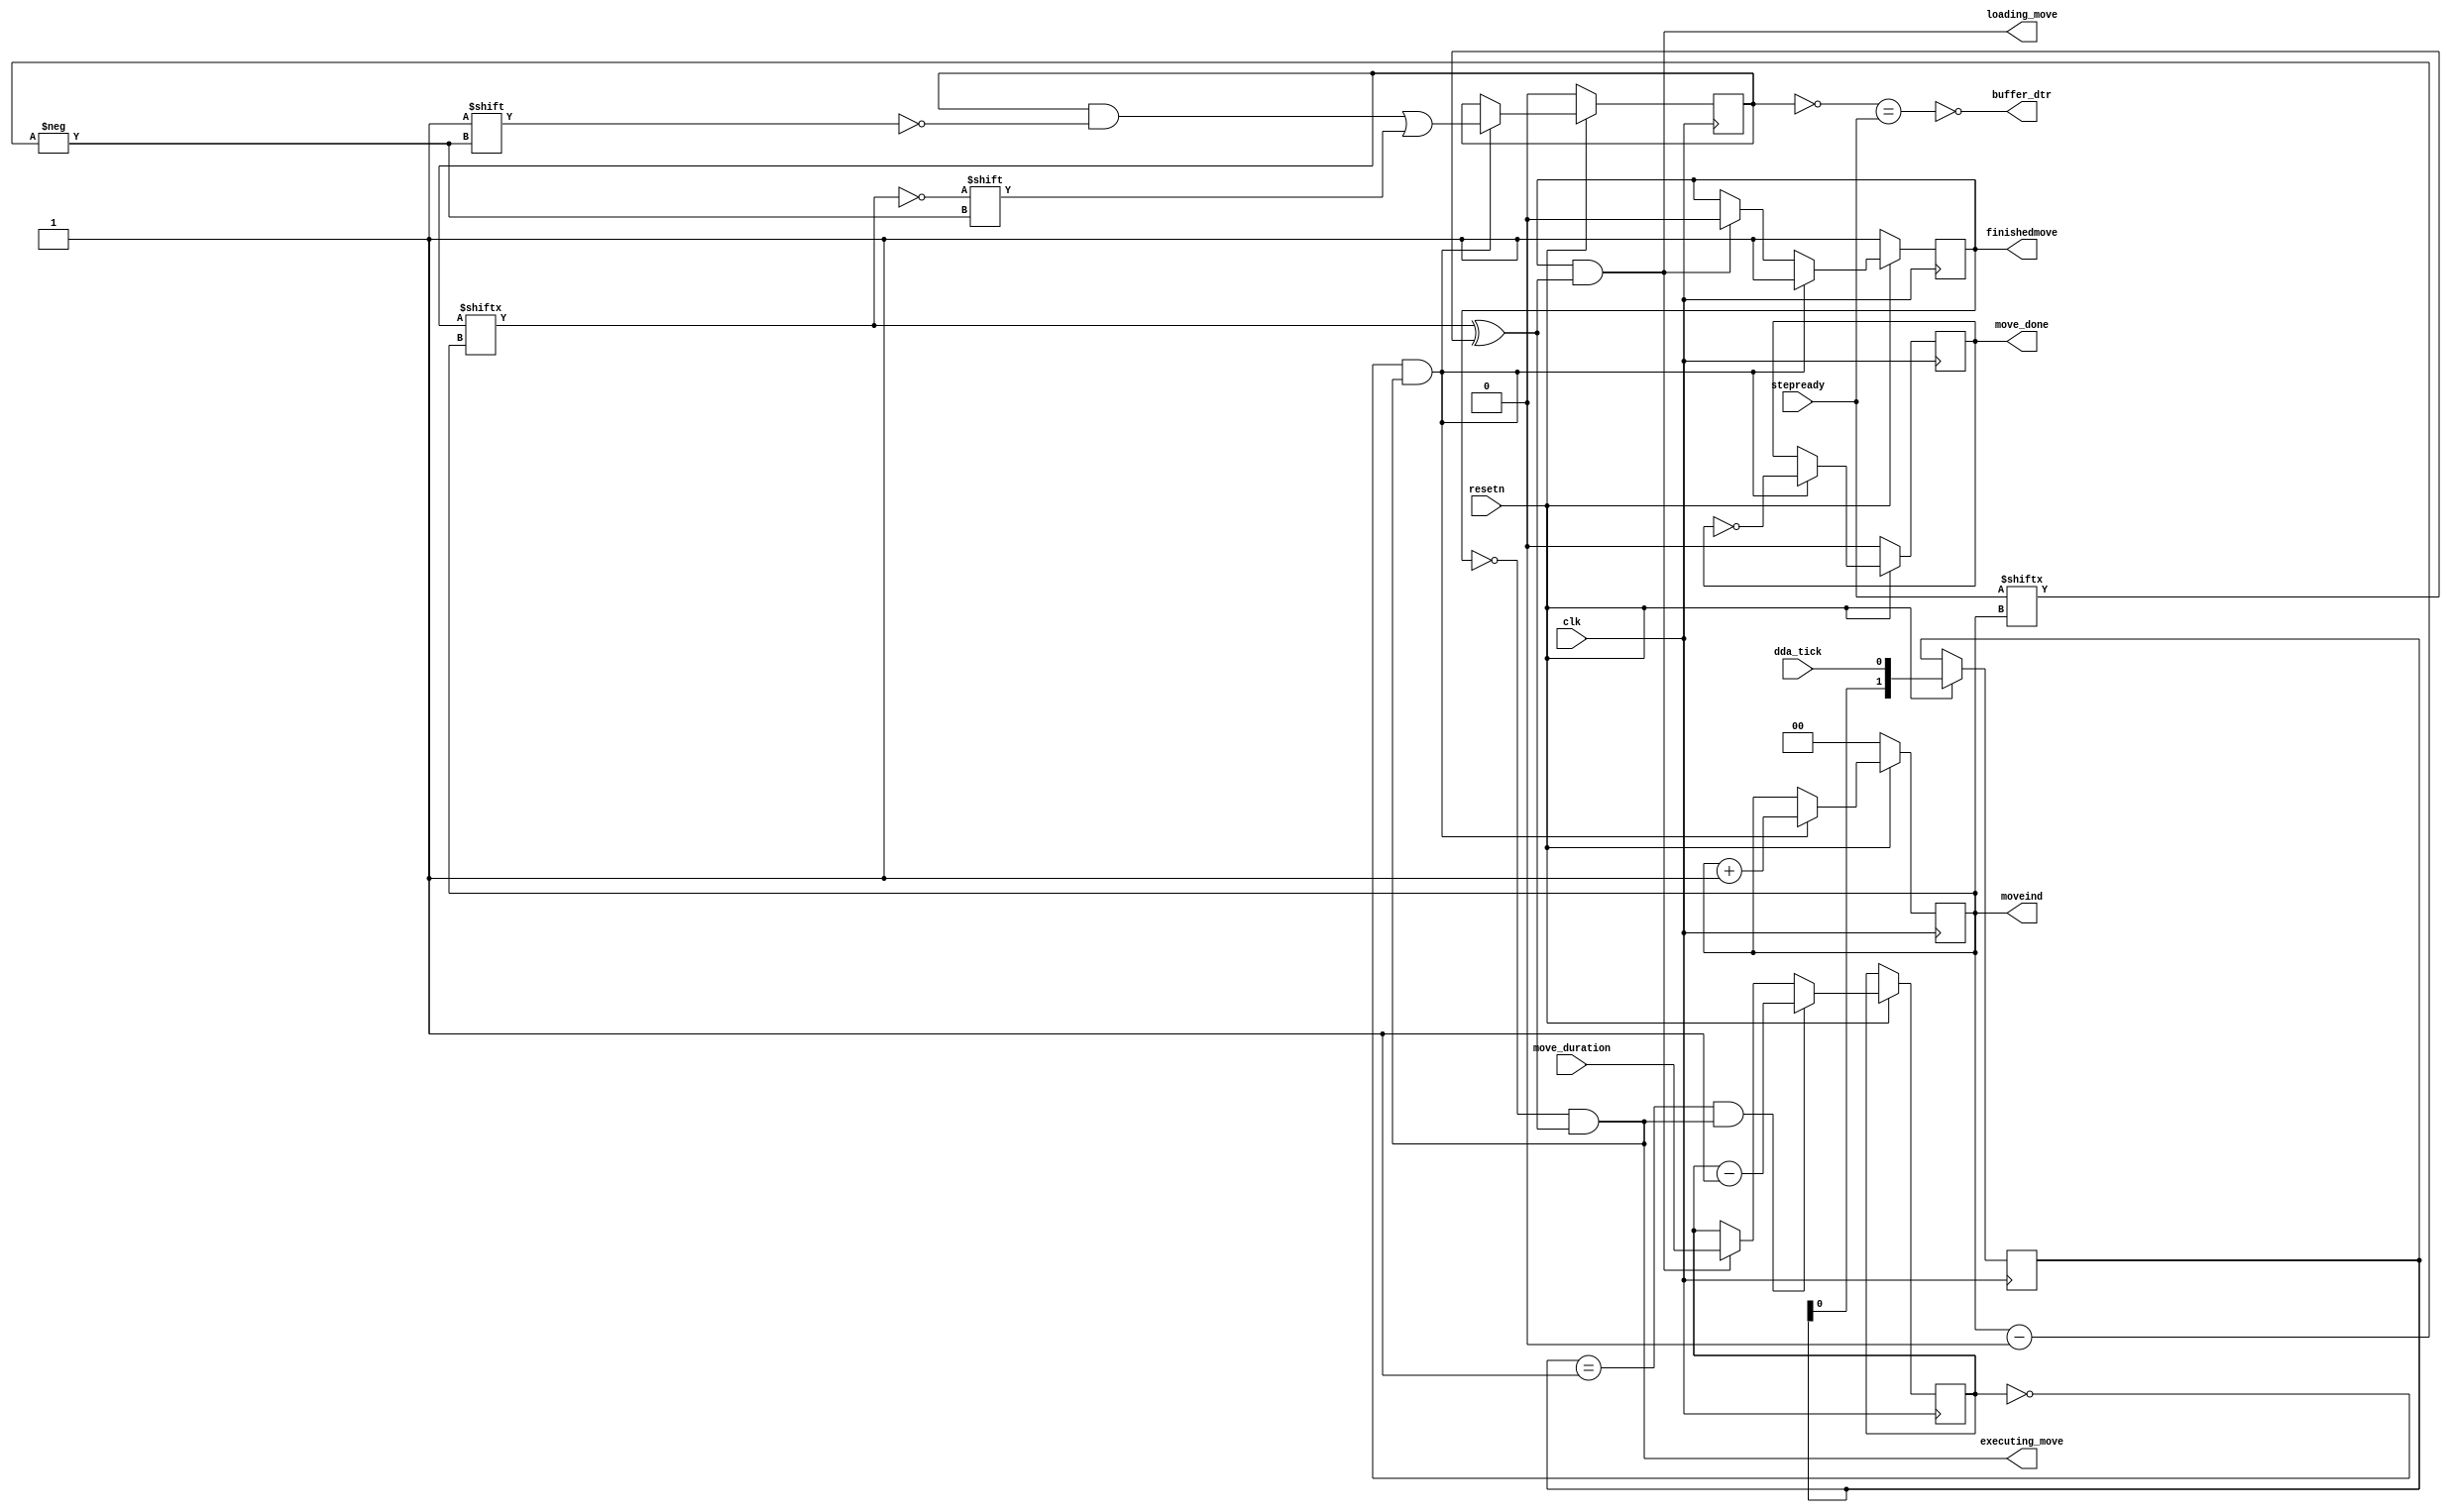
module dda_fsm #(parameter buffer_bits = 2,
                 parameter buffer_size = 1,
                 parameter move_duration_bits = 32)
(
  input clk,
  input resetn,
  input dda_tick,
  input [move_duration_bits-1:0] move_duration,
  output loading_move,
  output executing_move,
  output reg move_done,
  output reg finishedmove,
  output reg [buffer_bits-1:0] moveind,
  input [buffer_size-1:0] stepready,
  output buffer_dtr
);


  // Buffer latching
  (* onehot *) reg [buffer_size-1:0] stepfinished;

  // State managment
  wire processing_move = (stepfinished[moveind] ^ stepready[moveind]);
  assign loading_move = finishedmove & processing_move;
  assign executing_move = !finishedmove & processing_move;

  reg [move_duration_bits-1:0] tickdowncount;
  reg [1:0] dda_tick_r;

  always @(posedge clk) if (!resetn) begin
    move_done <= 0;
    finishedmove <= 1; // set 1 init so we are in 'loading_move'
    stepfinished <= 0;
    moveind <= 0;
  end else if (resetn) begin

    if (loading_move) begin
      tickdowncount <= move_duration;
      finishedmove <= 0;
    end

    // catch rising edge on DDA tick and downcount
    dda_tick_r <= {dda_tick_r[0], dda_tick};
    if (dda_tick_r == 2'b01 && executing_move) begin
      tickdowncount <= tickdowncount - 1'b1;
    end

    // Trigger move finished
    if (tickdowncount == 0 && executing_move) begin
      finishedmove <= 1;
      move_done <= ~move_done;
      moveind <= moveind + 1'b1;
      stepfinished[moveind] <= ~stepfinished[moveind]; // flip latch to done
    end
  end

  assign buffer_dtr = ~(~stepfinished == stepready);


endmodule